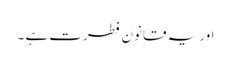
اور یہ قانون فطرت ہے ۔